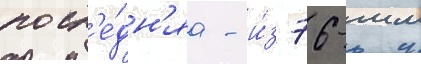
посл'е́дн'яа - и́з 76-мм